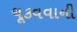
ચૂકવવાની